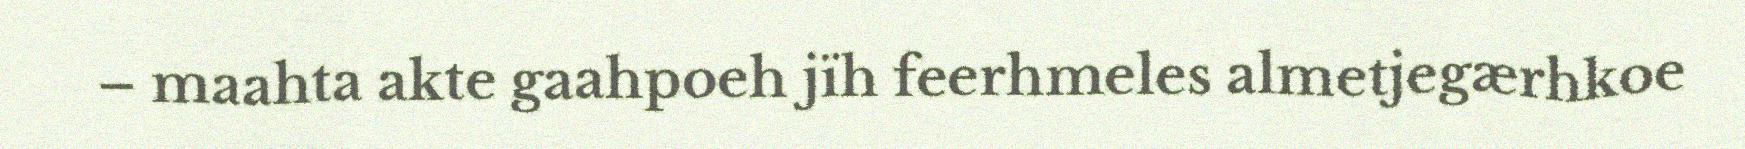
– maahta akte gaahpoeh jïh feerhmeles almetjegærhkoe